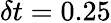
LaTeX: \delta t=0.25